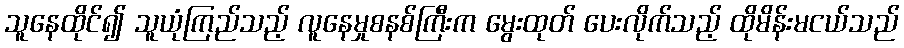
သူနေထိုင်၍ သူယုံကြည်သည့် လူနေမှုစနစ်ကြီးက မွေးထုတ် ပေးလိုက်သည့် ထိုမိန်းမငယ်သည်